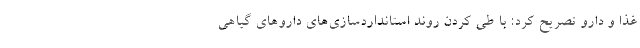
غذا و دارو تصریح کرد: با طی کردن روند استانداردسازی‌های داروهای گیاهی